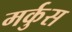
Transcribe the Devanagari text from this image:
मर्कुस